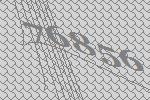
76856